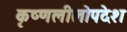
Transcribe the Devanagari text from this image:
कृष्णलीलोपदेश